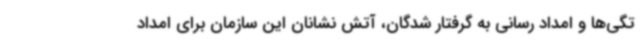
تگی‌ها و امداد رسانی به گرفتار شدگان، آتش نشانان این سازمان برای امداد